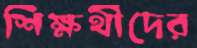
শিক্ষর্থীদের